Report on vaccination in Madras 1922-1929 - 1922-1929
Year: 1922
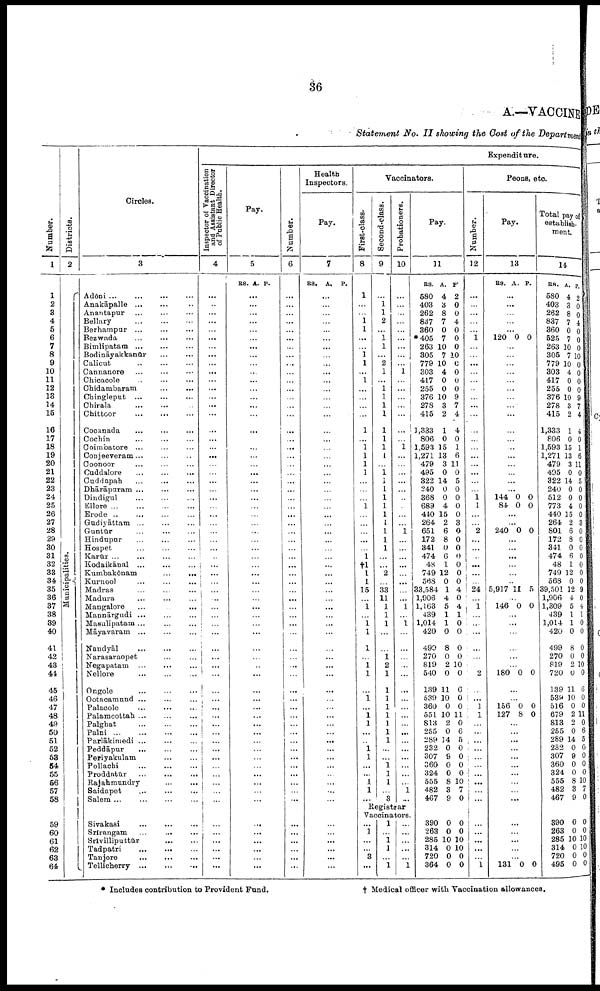
36
A.—VACCINE
Statement No. II showing the Cost of the Department
Number.
1
1
2
8
4
5
6
7
8
9
10
11
12
18
14
15
16
17
18
19
20
21
22
23
24
25
26
27
28
29
30
31
32
33
34
35
36
37
38
39
40
41
42
43
44
45
46
47
48
49
50
51
52
58
54
55
56
57
58
59
60
61
62
63
64
Districts.
2
Municipalities.
Circles.
3
Adōni... ... ...
Anakāpalle... ... ...
Anantapur...
...
...
Bellary...
...
...
Berhampur... ... ...
Bezwada... ... ...
Bimlipatam... ... ... ...
Bodināyakkanūr... ... ...
Calicut... ... ...
Cannanore... ...
Chicacole... ... ...
Chidambaram... ... ...
Chingleput... ... ...
Chirala...
...
...
Chittoor...
...
Cocanada... ...
Cochin... ...
Coimbatore... ... ...
Conjeeveram... ... ...
Coonoor...
...
...
Cuddalore... ... ...
Cuddapah... ... ...
Dhārāpuram... ... ...
Dindigul... ...
Ellore...
...
...
...
...
Erode...
...
...
Gudiyāttam... ... ...
Guntūr...
...
...
Hindupur... ... ...
Hospet...
...
...
Karūr...
...
...
Kodaikānal... ... ...
Kumbakōnam...
...
...
Kurnool... ... ...
Madras... ... ...
Madura... ... ...
Mangalore... ...
Mannārgudi... ... ...
Masulipatam...
...
...
Mayavaram... ... ...
Nandyāl...
...
...
Narasaraopet... ... ...
Negapatam... ...
Nellore... ...
Ongole... ... ...
Ootacamund... ... ...
Palacole...
...
...
Palamcottah... ... ...
Palghat...
...
...
Palni...
...
...
...
Parlākimedi... ... ...
Peddāpur... ... ...
Periyakulam...
...
...
Pollachi...
...
...
Proddatūr... ... ...
Rajahmundry...
...
...
Saidapet...
...
...
Salem...
...
...
Expenditure.
Inspector of Vaccination
and Assistant Director
of Public Health.
4
...
...
...
...
...
...
...
...
...
...
...
...
...
...
...
...
...
...
...
...
...
...
...
...
...
...
...
...
...
...
...
...
...
...
...
...
...
...
...
...
...
...
...
...
...
...
...
...
...
...
...
...
...
...
...
...
...
...
Pay.
5
RS. A. P.
...
...
...
...
...
...
...
...
...
...
...
...
...
...
...
...
...
...
...
...
...
...
...
...
...
...
...
...
...
...
...
...
...
...
...
...
...
...
...
...
...
...
...
...
...
...
...
...
...
...
...
...
...
...
...
...
...
...
Number.
6
...
...
...
...
...
...
...
...
...
...
...
...
...
...
...
...
...
...
...
...
...
...
...
...
...
...
...
...
...
...
...
...
...
...
...
...
...
...
...
...
...
...
...
...
...
...
...
...
...
...
...
...
...
...
...
...
...
...
Health
Inspectors.
Pay.
7
RS. A. P.
...
...
...
...
...
...
...
...
...
...
...
...
...
...
...
...
...
...
...
...
...
...
...
...
...
...
...
...
...
...
...
...
...
...
...
...
...
...
...
...
...
...
...
...
...
...
...
...
...
...
...
...
...
...
...
...
...
...
Vaccinators.
First-class.
8
1
...
...
1
1
...
...
1 l
...
1
...
...
...
...
l
...
1
l
l
1
...
...
...
1
...
...
...
...
...
1
†1
1
1
15
...
1
...
1 l
1
...
1
1
...
1
...
1
1
...
...
1 l
...
...
1
l
...
Second-class.
9
...
1
1
2
...
1
1
...
2
1
...
1
1
1
1
1
1
1
1
...
1 1
1
1
1
l
1
1
1
1
...
...
2
...
33
11
1
1
1
...
...
1
2
1
1
1
1
1
1
1
1
...
...
1 1
l
...
3
Probationers.
10
...
...
...
...
...
...
...
...
...
1
...
...
...
...
...
...
...
1
...
...
...
...
...
...
...
...
...
1
...
...
...
...
...
...
...
...
1
...
1
...
...
...
...
...
...
...
...
...
...
...
...
...
...
...
...
...
1
...
Pay.
11
RS.
580
403
262
837
360
*405
263
305
779
303
417
255
376
278
415
1,333
806
1,593
1,271
479
495
322
240
368
689
440
264
651
172
341
474
48
749
568
33,584
1,906
1,163
439
1,014
420
499
270
819
540
139
539
360
551
813
255
289
232
307
360
324
555
482
467
A.
4
3
8
7
0
7
10
7
10
4
0
0
10
3
2
1
0
15
13
3
0
14
0
0
4
15
2
6
8
0
6
1
12
0
1
4
5
1
1
0
8
0
2
0
11
10
0
10
2
0
14
0
9
0
0
8
3
9
P.
2
0
0
4
0
0
0
10
0
0
0
0
9
7
4
4
0
1
6
11
0
5
0
0
0
0
3
0
0
0
0
0
0
0
4
0
4
1
0
0
0
0
10
0
6
0
0
11
0
6
5
0
0
0
0
10
7
0
Peons, etc.
Number.
12
...
...
...
...
...
1
...
...
...
...
...
...
...
...
...
...
...
...
...
...
...
...
...
1 1
...
...
2
...
...
...
...
...
...
24
...
1
1
...
...
...
...
...
2
...
...
1
l
...
...
...
...
...
...
...
...
...
...
Pay.
13
RS. A. P.
...
...
...
...
...
120 0 0
...
...
...
...
...
...
...
...
...
...
...
...
...
...
...
...
...
144
84
0
0
0
0
...
...
240 0 0
...
...
...
...
...
...
5,917 11 5
...
146 0 0
...
...
...
...
...
...
180 0 0
...
...
156
127
0
8
0
0
...
...
...
...
...
...
...
...
...
...
Total pay of
establish
ment.
14
RS.
580
403
262
837
360
525
263
305
779
303
417
255
376
278
415
1,333
806
1,593
1,271
479
495
322
240
512
773
440
264
801
172
341
474
48
749
568
39,501
1,906
1,309
439
1,014
420
499
270
819
720
139
539
516
679
813
255
289
232
307
360
324
555
482
467
A.
4
3
8
7
0
7
10
7
10
4
0
0
10
3
2
1
0
15
13
3
0
14
0
0
4
15
2
6
8
0
6
1
12
0
12
4
5
1
1
0
8
0
2
0
11
10
0
2
2
0
14
0
9
0
0
8
3
9
P.
2
0
0
4
0
0
0
10
0
0
0
0
9
7
4
4
0
1
6
11
0
5 0
0
0
0
3
0
0
0
0
0
0
0
9
0
4
1
0
0
0
0
10
0
6
0
0
11
0
6
5
0
0
0
0
10
7
0
Registrar
Vaccinators.
Sivakasi... ... ...
Srirangam...
...
Srivilliputtūr...
...
...
Tadpatri...
...
...
Tanjore...
...
...
Tellicherry...
...
...
...
...
...
...
...
...
...
...
...
...
...
...
...
...
...
...
...
...
...
...
...
...
...
...
...
1
...
...
3
...
1
...
1
1
...
1
...
...
...
...
...
1
390
263
285
314
720
364
0
0
10
0
0
0
0
0
10
10
0
0
...
...
...
...
...
l
...
...
...
...
...
131 0 0
390
263
285
314
720
495
0
0
10
0
0
0
0
0
10
10
0
0
* Includes contribution to Provident Fund.
† Medical officer with Vaccination allowances.